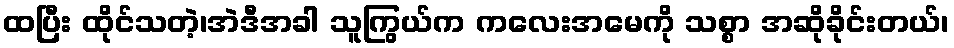
ထပြီး ထိုင်သတဲ့၊အဲဒီအခါ သူကြွယ်က ကလေးအမေကို သစ္စာ အဆိုခိုင်းတယ်၊